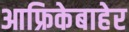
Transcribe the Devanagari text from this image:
आफ्रिकेबाहेर